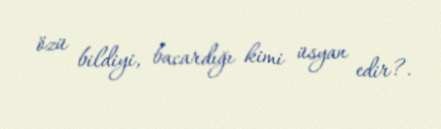
özü bildiyi, bacardığı kimi üsyan edir?.